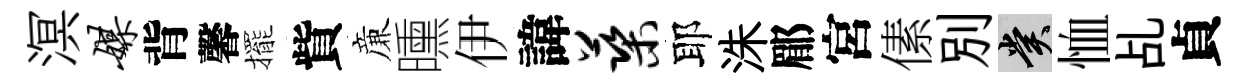
溟媒背馨擺貲亷曛伊諱蕖耶洙郿宮傃別賞恤乩貞